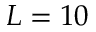
L = 1 0